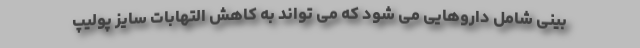
بینی شامل داروهایی می شود که می تواند به کاهش التهابات سایز پولیپ